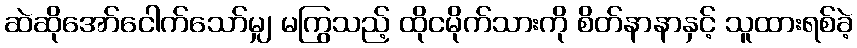
ဆဲဆိုအော်ငေါက်သော်မျှ မကြွသည့် ထိုငမိုက်သားကို စိတ်နာနာနှင့် သူထားရစ်ခဲ့